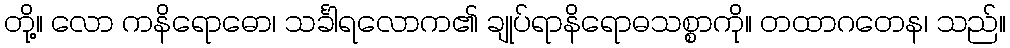
တို့။ လော ကနိရောဓော၊ သင်္ခါရလောက၏ ချုပ်ရာနိရောဓသစ္စာကို။ တထာဂတေန၊ သည်။